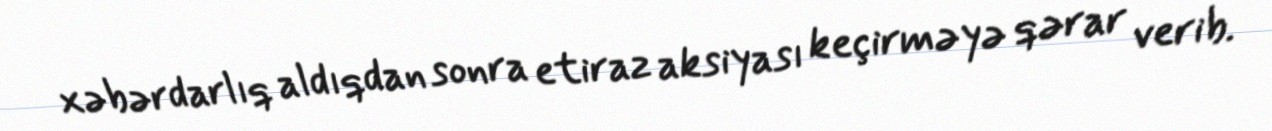
xəbərdarlıq aldıqdan sonra etiraz aksiyası keçirməyə qərar verib.